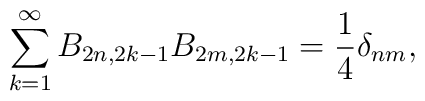
\sum_{k=1}^{\infty}B_{2n,2k-1}B_{2m,2k-1}=\frac{1}{4}\delta_{nm},